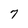
Character: 7